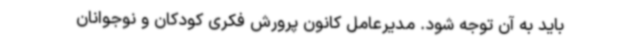
باید به آن توجه شود. مدیرعامل کانون پرورش فکری کودکان و نوجوانان